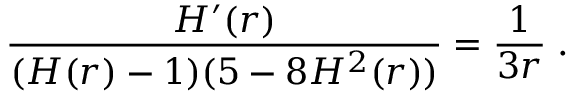
\frac { H ^ { \prime } ( r ) } { ( H ( r ) - 1 ) ( 5 - 8 H ^ { 2 } ( r ) ) } = \frac { 1 } { 3 r } \; .